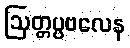
ဩတ္တပ္ပဗလေန